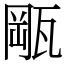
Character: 𤭛